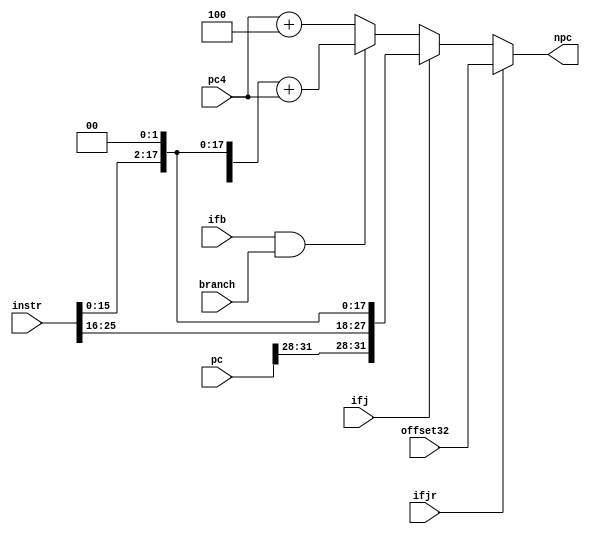
`timescale 1ns / 1ps
//////////////////////////////////////////////////////////////////////////////////
// Company: 
// Engineer: 
// 
// Design Name: 
// Module Name:    NPC 
// Project Name: 
// Target Devices: 
// Tool versions: 
// Description: 
//
// Dependencies: 
//
// Revision: 
// Revision 0.01 - File Created
// Additional Comments: 
//
//////////////////////////////////////////////////////////////////////////////////
module NPC(
	 input [31:0] pc,
    input [31:0] pc4,
    input [31:0] instr,
	 input [31:0] offset32,
    input ifj,
	 input ifjr,
	 input ifb,
	 input branch,
    output [31:0] npc
    );
	 assign npc=(ifjr)?offset32:
					(ifj)?{pc[31:28],instr[25:0],2'b0}:
					(ifb&&branch)?({{14{instr[15]}},instr[15:0],2'b0}+pc4):
					(pc4+4);

endmodule